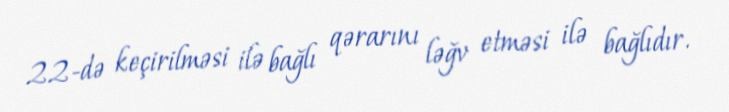
22-də keçirilməsi ilə bağlı qərarını ləğv etməsi ilə bağlıdır.